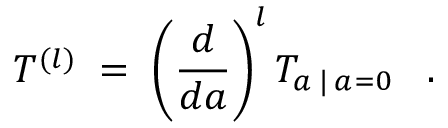
T ^ { ( l ) } \; = \; \left( \frac { d } { d a } \right) ^ { l } T _ { a \: | \: a = 0 } \; \; \; .